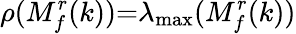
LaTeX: \rho(M_{f}^{r}(k)){=}\lambda_{\operatorname*{max}}(M_{f}^{r}(k))